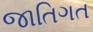
જાતિગત